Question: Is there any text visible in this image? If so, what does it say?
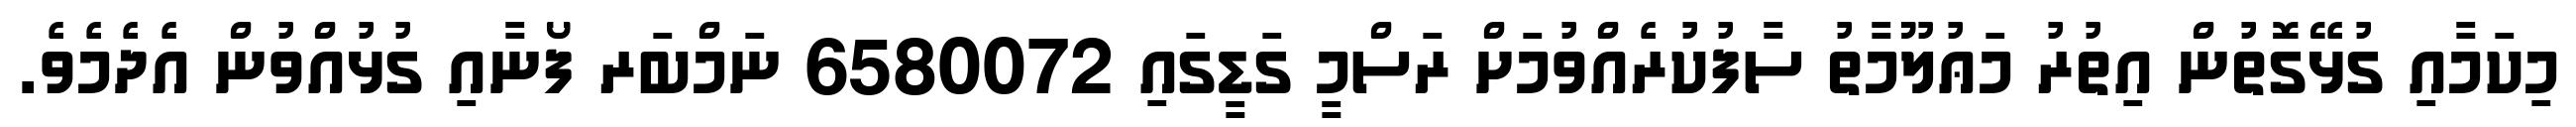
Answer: މިކަމާއި ގުޅޭގޮތުން އިތުރު މަޢުލޫމާތު ސާފުކުރެއްވުމަށް ރަސްމީ ގަޑީގައި 6580072 ނަމްބަރ ފޯނާއި ގުޅުއްވުން އެދެމެވެ.